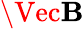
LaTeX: \Vec{\mathbf{B}}